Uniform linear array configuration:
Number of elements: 32
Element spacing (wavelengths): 0.75
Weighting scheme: cosine
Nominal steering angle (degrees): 30
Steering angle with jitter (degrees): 28.551
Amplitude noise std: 0.05
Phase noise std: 0.05

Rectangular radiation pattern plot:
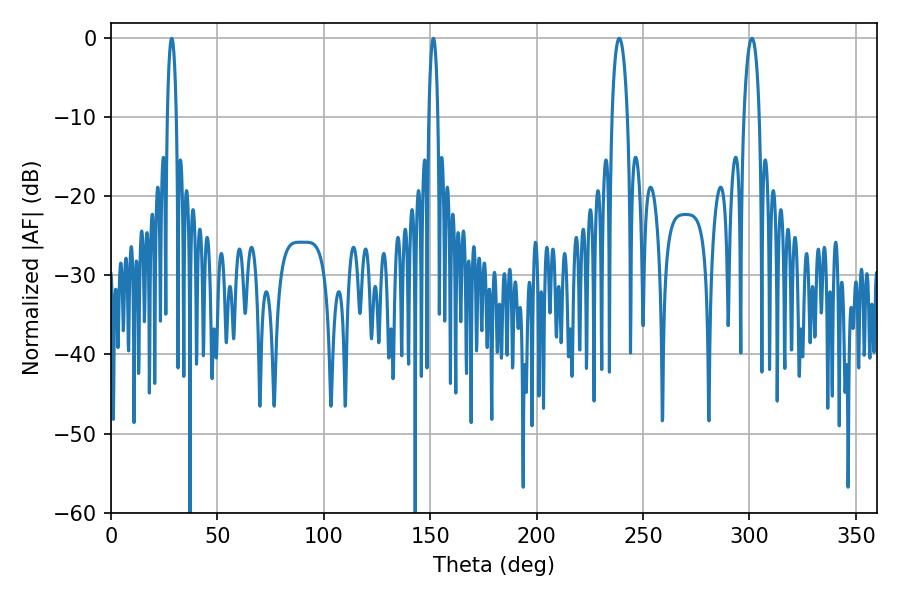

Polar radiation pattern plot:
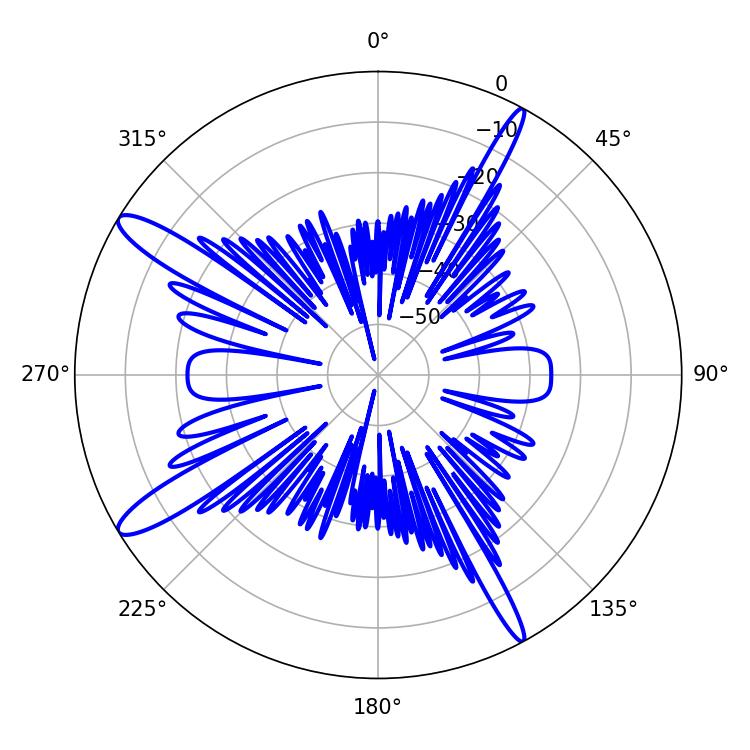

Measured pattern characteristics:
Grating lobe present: TRUE
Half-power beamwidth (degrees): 4.14
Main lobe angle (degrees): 238.86